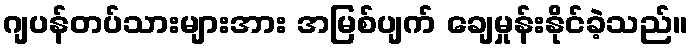
ဂျပန်တပ်သားများအား အမြစ်ပျက် ချေမှုန်းနိုင်ခဲ့သည်။